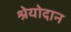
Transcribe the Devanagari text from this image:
श्रेयोदान